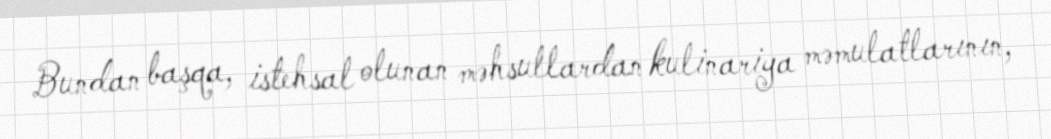
Bundan başqa, istehsal olunan məhsullardan kulinariya məmulatlarının,